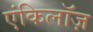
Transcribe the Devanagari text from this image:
एंकिलॉज़